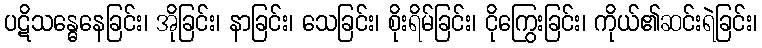
ပဋိသန္ဓေနေခြင်း၊ အိုခြင်း၊ နာခြင်း၊ သေခြင်း၊ စိုးရိမ်ခြင်း၊ ငိုကြွေးခြင်း၊ ကိုယ်၏ဆင်းရဲခြင်း၊